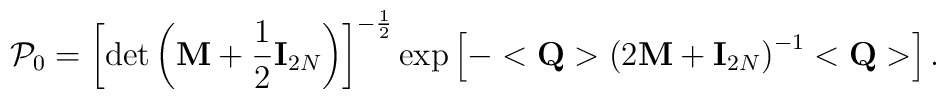
{\cal P}_0=\left[\det\left({\bf M}+\frac 12{\bf I}_{2N}\right)\right]^{-\frac 12}\exp\left[-<{\bf Q}>\left(2{\bf M}+{\bf I}_{2N}\right)^{-1}<{\bf Q}>\right].